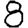
Digit: 8